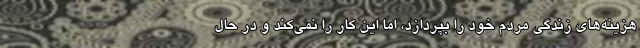
هزینه‌های زندگی مردم خود را بپردازد، اما این کار را نمی‌کند و در حال